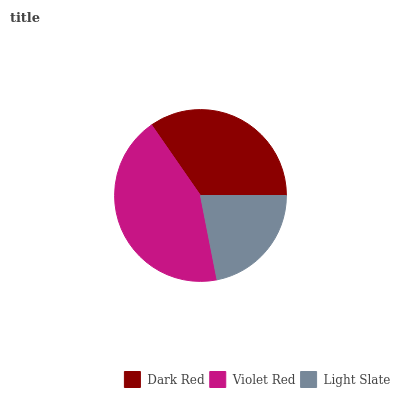
| Dark Red | Violet Red | Light Slate |
 | --- | --- | --- |
 | 34.7% | 43.4% | 21.9% |